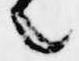
之